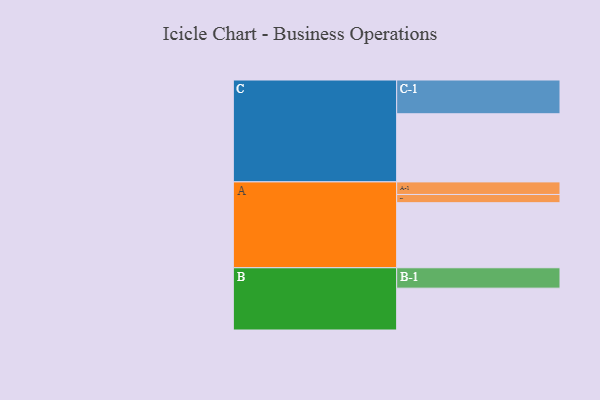
{"axis": {"x": "Segment", "y": "Value"}, "legend": ["", "A", "B", "C"], "data": [{"x": "A", "y": 507, "type": ""}, {"x": "B", "y": 326, "type": ""}, {"x": "C", "y": 531, "type": ""}, {"x": "A-1", "y": 98, "type": "A"}, {"x": "A-2", "y": 64, "type": "A"}, {"x": "B-1", "y": 159, "type": "B"}, {"x": "C-1", "y": 263, "type": "C"}]}